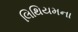
લિથિયમના